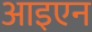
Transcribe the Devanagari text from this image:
आइएन